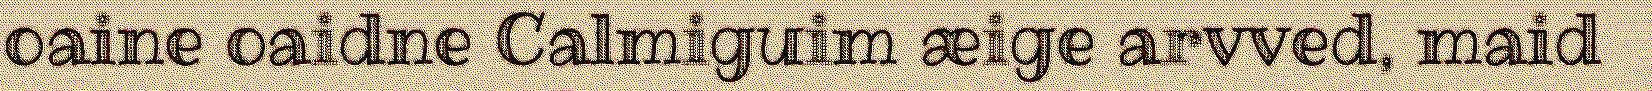
oaine oaidne Calmiguim æige arvved, maid